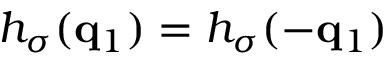
h _ { \sigma } ( \mathbf { q } _ { 1 } ) = h _ { \sigma } ( - \mathbf { q } _ { 1 } )